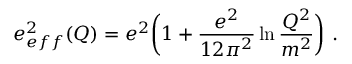
e _ { e f f } ^ { 2 } ( Q ) = e ^ { 2 } \biggl ( 1 + \frac { e ^ { 2 } } { 1 2 \pi ^ { 2 } } \ln \frac { Q ^ { 2 } } { m ^ { 2 } } \biggr ) \ .